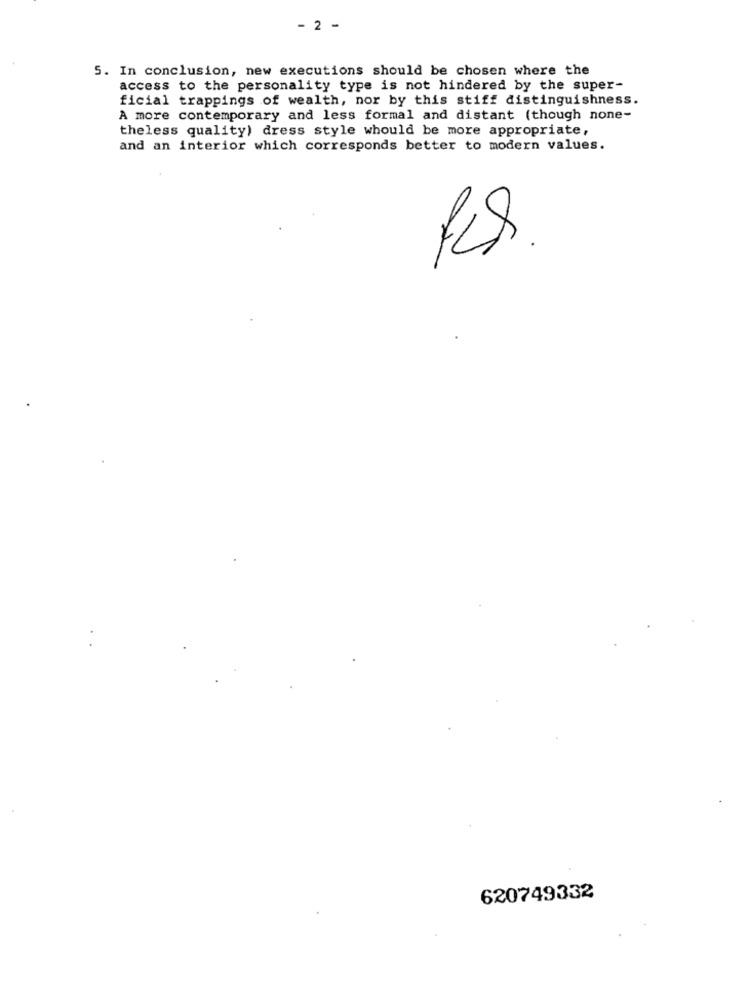
- 2 -
5. In conclusion, new executions should be chosen where the
access to the personality type is not hindered by the super-
ficial trappings of wealth, nor by this stiff distinguishness.
A more contemporary and less formal and distant (though none-
theless quality) dress style whould be more appropriate,
and an interior which corresponds better to modern values.
620749332